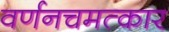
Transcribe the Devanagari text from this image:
वर्णनचमत्कार